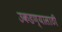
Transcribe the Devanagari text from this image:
उकडण्यासाठी